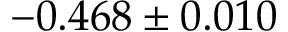
- 0 . 4 6 8 \pm 0 . 0 1 0